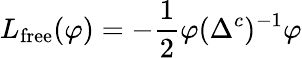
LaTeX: L_{\mathrm{free}}(\varphi)=-{\frac{1}{2}}\varphi(\Delta^{c})^{-1}\varphi